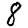
Digit: 8